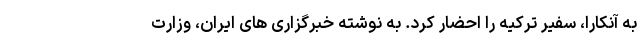
به آنکارا، سفیر ترکیه را احضار کرد. به نوشته خبرگزاری های ایران، وزارت